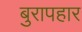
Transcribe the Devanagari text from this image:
बुरापहार